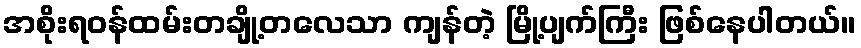
အစိုးရဝန်ထမ်းတချို့တလေသာ ကျန်တဲ့ မြို့ပျက်ကြီး ဖြစ်နေပါတယ်။